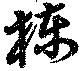
棟